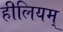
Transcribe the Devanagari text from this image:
हीलियम्